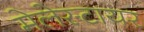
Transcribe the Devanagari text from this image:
मेलेस्टायर